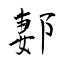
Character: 郪